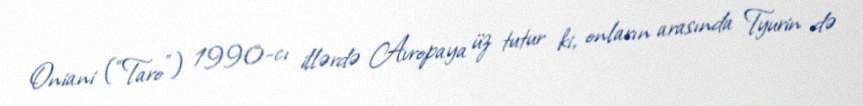
Oniani (“Taro”) 1990-cı illərdə Avropaya üz tutur ki, onların arasında Tyurin də